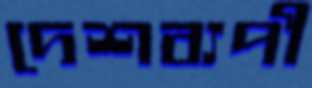
দেশব্যপী